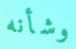
وشأنه